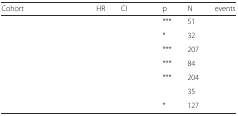
<table><thead><tr><td><b>Cohort</b></td><td><b>HR</b></td><td><b>CI</b></td><td><b>p</b></td><td><b>N</b></td><td><b>events</b></td></tr></thead><tbody><tr><td>[EMPTY_CELL]</td><td>[EMPTY_CELL]</td><td>[EMPTY_CELL]</td><td>***</td><td>51</td><td>[EMPTY_CELL]</td></tr><tr><td>[EMPTY_CELL]</td><td>[EMPTY_CELL]</td><td>[EMPTY_CELL]</td><td>*</td><td>32</td><td>[EMPTY_CELL]</td></tr><tr><td>[EMPTY_CELL]</td><td>[EMPTY_CELL]</td><td>[EMPTY_CELL]</td><td>***</td><td>207</td><td>[EMPTY_CELL]</td></tr><tr><td>[EMPTY_CELL]</td><td>[EMPTY_CELL]</td><td>[EMPTY_CELL]</td><td>***</td><td>84</td><td>[EMPTY_CELL]</td></tr><tr><td>[EMPTY_CELL]</td><td>[EMPTY_CELL]</td><td>[EMPTY_CELL]</td><td>***</td><td>204</td><td>[EMPTY_CELL]</td></tr><tr><td>[EMPTY_CELL]</td><td>[EMPTY_CELL]</td><td>[EMPTY_CELL]</td><td>[EMPTY_CELL]</td><td>35</td><td>[EMPTY_CELL]</td></tr><tr><td>[EMPTY_CELL]</td><td>[EMPTY_CELL]</td><td>[EMPTY_CELL]</td><td>*</td><td>127</td><td>[EMPTY_CELL]</td></tr></tbody></table>